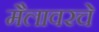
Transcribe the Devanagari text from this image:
मैलावरचे